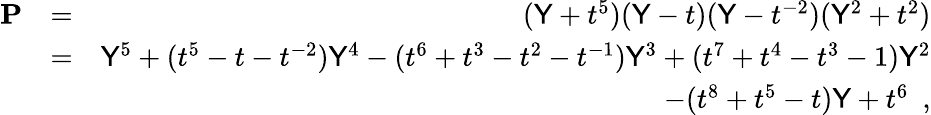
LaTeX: \begin{array}{rlr}{\mathbf{P}}&{=}&{(\mathsf{Y}+t^{5})(\mathsf{Y}-t)(\mathsf{Y}-t^{-2})(\mathsf{Y}^{2}+t^{2})}\\ &{=}&{\mathsf{Y}^{5}+(t^{5}-t-t^{-2})\mathsf{Y}^{4}-(t^{6}+t^{3}-t^{2}-t^{-1})\mathsf{Y}^{3}+(t^{7}+t^{4}-t^{3}-1)\mathsf{Y}^{2}}\\ &{}&{\quad-(t^{8}+t^{5}-t)\mathsf{Y}+t^{6}\enspace,}\end{array}